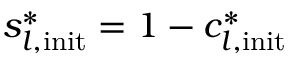
s _ { l , \mathrm { i n i t } } ^ { * } = 1 - c _ { l , \mathrm { i n i t } } ^ { * }